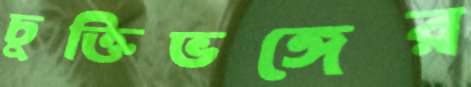
চুক্তিভঙ্গের